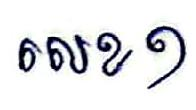
លេខ១